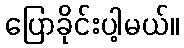
ပြောခိုင်းပါ့မယ်။